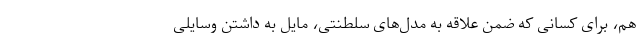
هم، برای کسانی که ضمن علاقه به مدل‌های سلطنتی، مایل به داشتن وسایلی